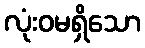
လုံးဝမရှိသော